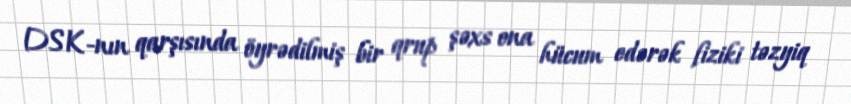
DSK-nın qarşısında öyrədilmiş bir qrup şəxs ona hücum edərək fiziki təzyiq